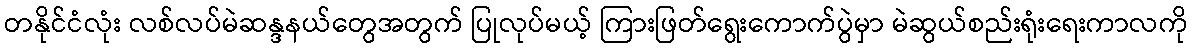
တနိုင်ငံလုံး လစ်လပ်မဲဆန္ဒနယ်တွေအတွက် ပြုလုပ်မယ့် ကြားဖြတ်ရွေးကောက်ပွဲမှာ မဲဆွယ်စည်းရုံးရေးကာလကို